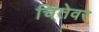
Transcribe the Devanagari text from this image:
चिंतेवर